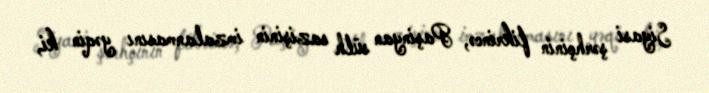
Siyasi şərhçinin fikrincə, Paşinyan sülh sazişinin imzalanmasını yəqin ki,